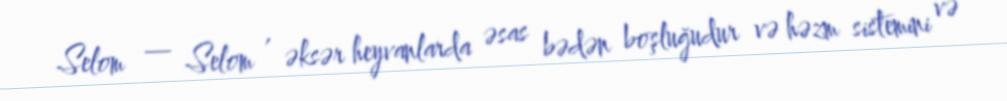
Selom — Selom , əksər heyvanlarda əsas bədən boşluğudur və həzm sistemini və